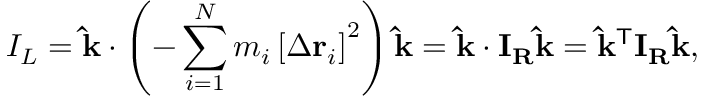
I _ { L } = \mathbf { \hat { k } } \cdot \left( - \sum _ { i = 1 } ^ { N } m _ { i } \left[ \Delta \mathbf { r } _ { i } \right] ^ { 2 } \right) \mathbf { \hat { k } } = \mathbf { \hat { k } } \cdot \mathbf { I } _ { \mathbf { R } } \mathbf { \hat { k } } = \mathbf { \hat { k } } ^ { \mathsf { T } } \mathbf { I } _ { \mathbf { R } } \mathbf { \hat { k } } ,